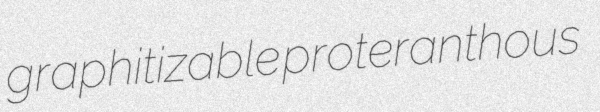
graphitizable proteranthous